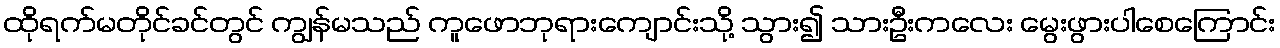
ထိုရက်မတိုင်ခင်တွင် ကျွန်မသည် ကူဖောဘုရားကျောင်းသို့ သွား၍ သားဦးကလေး မွေးဖွားပါစေကြောင်း